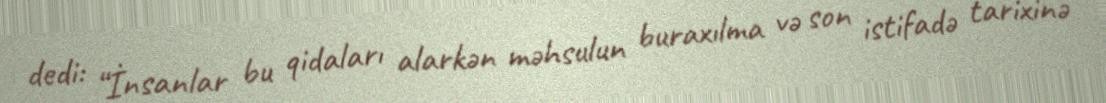
dedi: “İnsanlar bu qidaları alarkən məhsulun buraxılma və son istifadə tarixinə